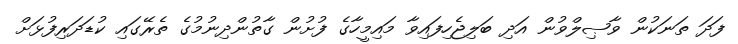
ފަދަ ތަނަކުން ވާޞިލްވުން އަދި ބަލިޖެހިފައިވާ މައިމީހާގެ ފުށުން ގާތުންދިނުމުގެ ތެރޭގައި ކުޑަދަރިފުޅަށް